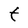
Character: t